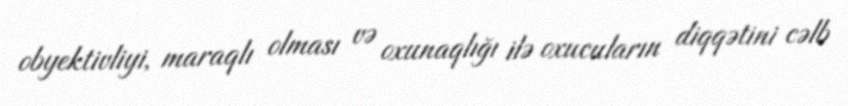
obyektivliyi, maraqlı olması və oxunaqlığı ilə oxucuların diqqətini cəlb